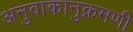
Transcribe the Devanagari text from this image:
अनुवाकानुक्रमणी